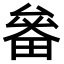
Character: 𤲛